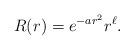
LaTeX: \begin{align*}R(r)=e^{-a r^2} r^\ell.\end{align*}